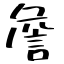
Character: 詹